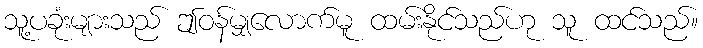
သူ့ပခုံးများသည် ဤဝန်မျှလောက်မူ ထမ်းနိုင်သည်ဟု သူ ထင်သည်။